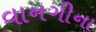
વાનગીના